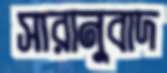
সারানুবাদ